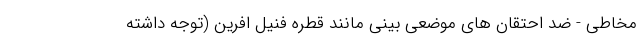
مخاطی - ضد احتقان های موضعی بینی مانند قطره فنیل افرین (توجه داشته